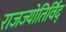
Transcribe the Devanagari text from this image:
राजज्योतिर्विद्